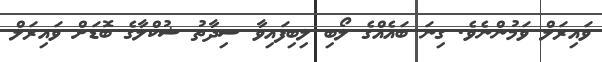
ވައިރަލް ވަމުންނެވެ. ގިނަ ބައެއްގެ ލޯބި ލިބިފައިވާ ސިދާތު ޝުކްލާގެ ބޮޑަށް ވައިރަލް